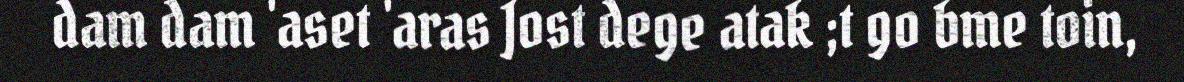
dam dam 'aset 'aras Jost dege atak ;t go bme toin,